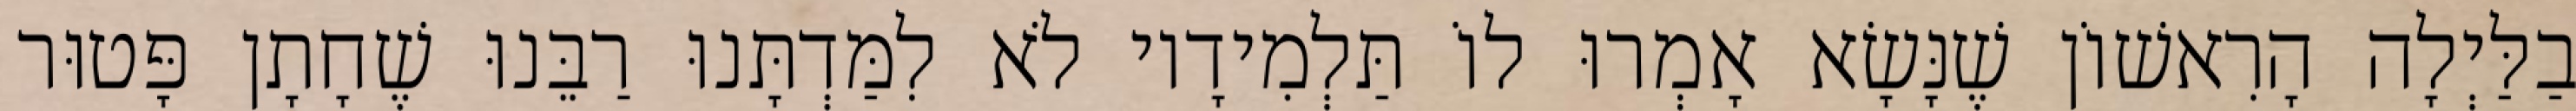
בַלַּיְלָה הָרִאשׁוֹן שֶׁנָּשָׂא אָמְרוּ לוֹ תַּלְמִידָיו לֹא לִמַּדְתָּנוּ רַבֵּנוּ שֶׁחָתָן פָּטוּר